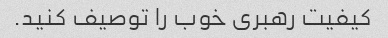
کیفیت رهبری خوب را توصیف کنید.